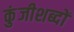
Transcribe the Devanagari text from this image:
कुंजीशब्दों